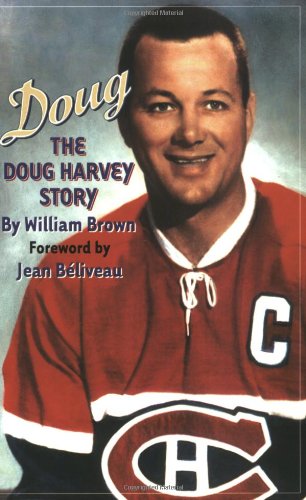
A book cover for Doug: The Doug Harvey Story; William Brown; Biographies & Memoirs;